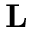
\bf { L }